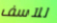
للآسف